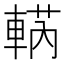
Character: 𨌣